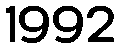
1992